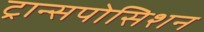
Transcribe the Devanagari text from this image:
ट्रान्सपोसिशन